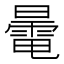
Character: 𣋔